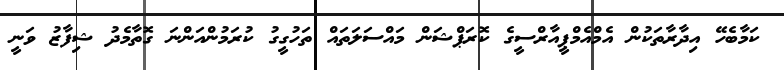
ކަމާބެހޭ އިދާރާތަކުން އެމްއެމްޕީއާރްސީގެ ކޮރަޕްޝަން މައްސަލަތައް ތަހުގީގު ކުރަމުންއަންނަ ގޮތާމެދު ޝިފާޒު ވަނީ